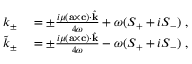
\begin{array} { r l } { k _ { \pm } } & { { } = \pm \frac { i \mu ( { \bf { a } } \times { \bf { c } } ) \cdot \hat { \bf { k } } } { 4 \omega } + \omega ( S _ { + } + i S _ { - } ) \; , } \\ { \tilde { k } _ { \pm } } & { { } = \pm \frac { i \mu ( { \bf { a } } \times { \bf { c } } ) \cdot \hat { \bf { k } } } { 4 \omega } - \omega ( S _ { + } + i S _ { - } ) \; , } \end{array}